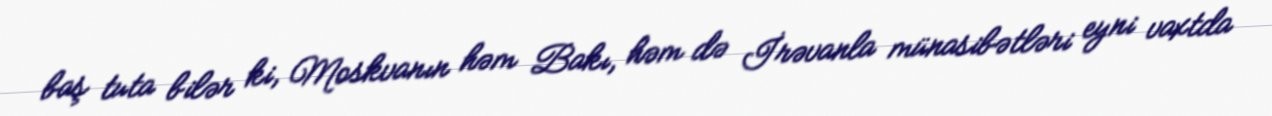
baş tuta bilər ki, Moskvanın həm Bakı, həm də İrəvanla münasibətləri eyni vaxtda